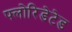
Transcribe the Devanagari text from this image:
फ्लोरिडेटेड